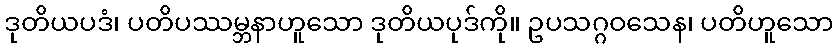
ဒုတိယပဒံ၊ ပတိပဿမ္ဘနာဟူသော ဒုတိယပုဒ်ကို။ ဥပသဂ္ဂဝသေန၊ ပတိဟူသော